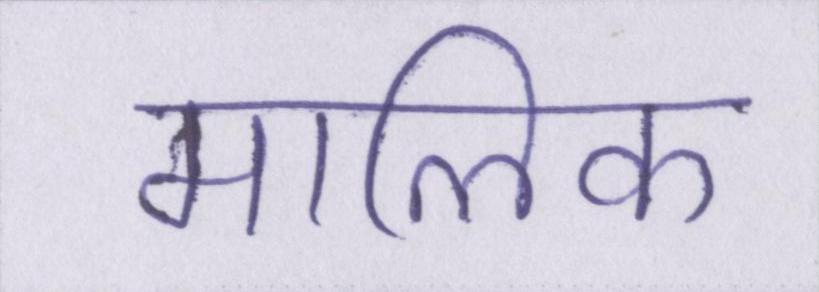
मालिक